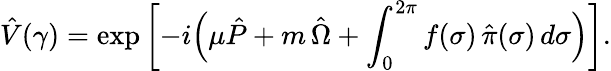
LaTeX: \hat{V}(\gamma)=\exp\left[-i\Bigl(\mu\hat{P}+m\, \hat{\Omega}+\int_{0}^{2\pi}f(\sigma)\, \hat{\pi}(\sigma)\, d\sigma\Bigr)\right].